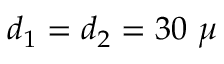
d _ { 1 } = d _ { 2 } = 3 0 \ \mu